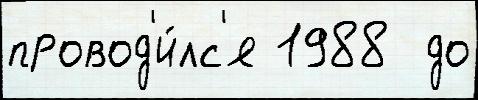
провод'и́лс'я 1988  до